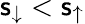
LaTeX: \mathsf{s}_{\downarrow}<\mathsf{s}_{\uparrow}